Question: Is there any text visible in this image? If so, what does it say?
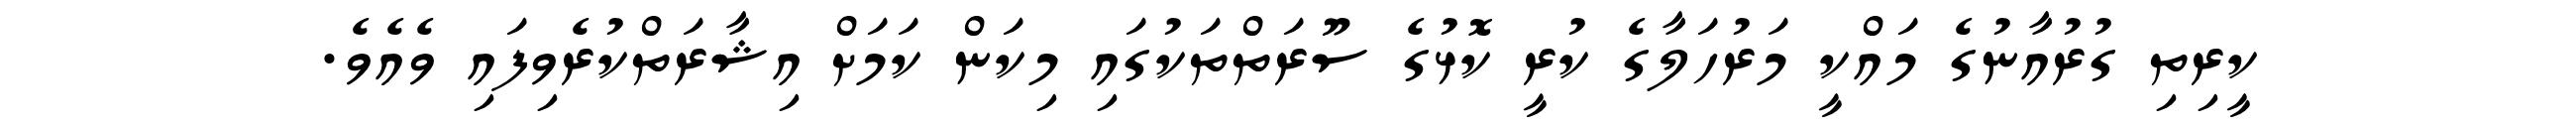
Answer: ކީރިތި ގުރުއާނުގެ މައްކީ މަރުހަލާގެ ކުރީ ކޮޅުގެ ސޫރަތްތަކުގައި މިކަން ކަމަށް އިޝާރަތްކުރެވިފައި ވެއެވެ.